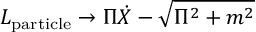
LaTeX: L _ { \mathrm { p a r t i c l e } } \to \Pi \dot { X } - \sqrt { \Pi ^ { 2 } + m ^ { 2 } }